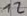
Text: 12